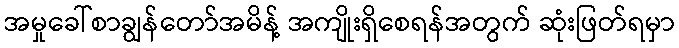
အမှုခေါ်စာချွန်တော်အမိန့် အကျိုးရှိစေရန်အတွက် ဆုံးဖြတ်ရမှာ